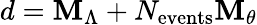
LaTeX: d=\mathbf{M}_{\Lambda}+N_{\mathrm{{events}}}\mathbf{M}_{\theta}